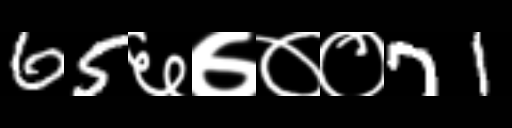
Text: 65६७००71